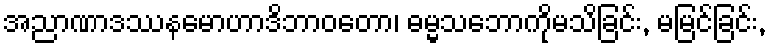
အညာဏာဒဿနမောဟာဒိဘာဝတော၊ ဓမ္မသဘောကိုမသိခြင်း, မမြင်ခြင်း,